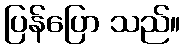
ပြန်ပြော သည်။